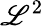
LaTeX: \mathscr{L}^{2}